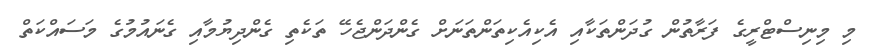
މި މިނިސްޓްރީގެ ފަރާތުން ގުދަންތަކާއި އެކިއެކިތަންތަނަށް ގެންދަންޖެހޭ ތަކެތި ގެންދިޔުމާއި ގެނައުމުގެ މަސައްކަތް